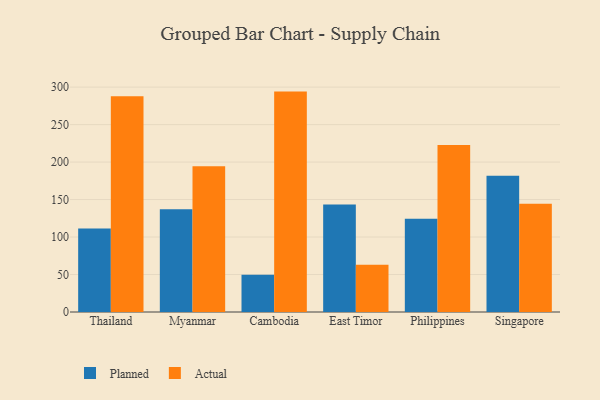
{"axis": {"x": "Country", "y": "Operating Costs (USD K)"}, "legend": ["Actual", "Planned"], "data": [{"x": "Thailand", "y": 111.5, "type": "Planned"}, {"x": "Thailand", "y": 287.7, "type": "Actual"}, {"x": "Myanmar", "y": 136.9, "type": "Planned"}, {"x": "Myanmar", "y": 194.5, "type": "Actual"}, {"x": "Cambodia", "y": 49.8, "type": "Planned"}, {"x": "Cambodia", "y": 294.0, "type": "Actual"}, {"x": "East Timor", "y": 143.5, "type": "Planned"}, {"x": "East Timor", "y": 62.9, "type": "Actual"}, {"x": "Philippines", "y": 124.4, "type": "Planned"}, {"x": "Philippines", "y": 222.9, "type": "Actual"}, {"x": "Singapore", "y": 181.7, "type": "Planned"}, {"x": "Singapore", "y": 144.3, "type": "Actual"}]}